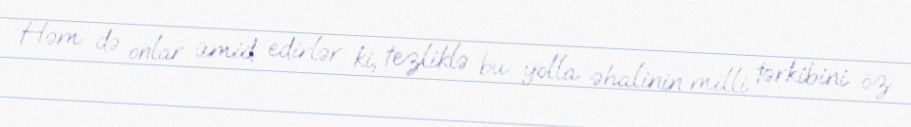
Həm də onlar ümid edirlər ki, tezliklə bu yolla əhalinin milli tərkibini öz